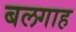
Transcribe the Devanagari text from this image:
बलगाह